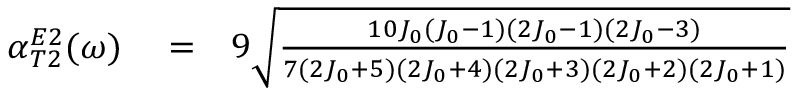
\begin{array} { r l r } { \alpha _ { T 2 } ^ { E 2 } ( \omega ) } & { { } = } & { 9 \sqrt { \frac { 1 0 J _ { 0 } ( J _ { 0 } - 1 ) ( 2 J _ { 0 } - 1 ) ( 2 J _ { 0 } - 3 ) } { 7 ( 2 J _ { 0 } + 5 ) ( 2 J _ { 0 } + 4 ) ( 2 J _ { 0 } + 3 ) ( 2 J _ { 0 } + 2 ) ( 2 J _ { 0 } + 1 ) } } } \end{array}